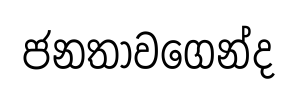
ජනතාවගෙන්ද